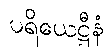
ပရိယေဋ္ဌီနံ